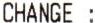
CHANGE :